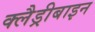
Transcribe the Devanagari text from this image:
क्लैड्रीबाइन